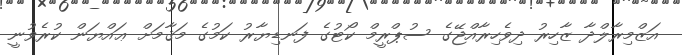
އަޒްމިރާލްދާ ޒާހިރު ދިވެހިރާއްޖޭގެ ސުޕްރީމް ކޯޓުގެ ފަނޑިޔާރު ކަމުގެ މަޤާމަށް ޢައްޔަން ކުރެވުނީ